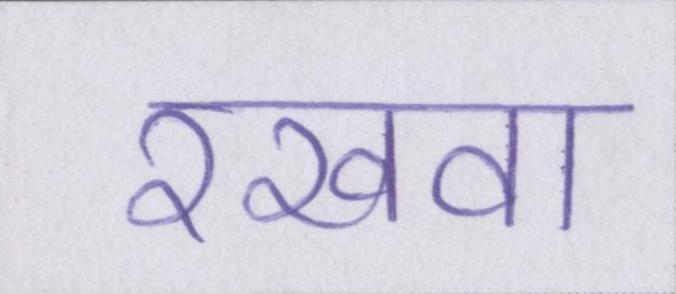
रखवा